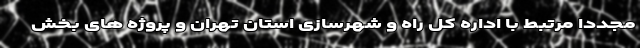
مجددا مرتبط با اداره کل راه و شهرسازی استان تهران و پروژه های بخش